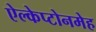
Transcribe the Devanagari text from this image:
ऐल्केप्टोनमेह